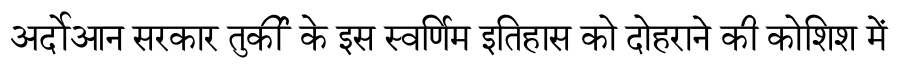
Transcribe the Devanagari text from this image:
अर्दोआन सरकार तुर्की के इस स्वर्णिम इतिहास को दोहराने की कोशिश में